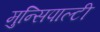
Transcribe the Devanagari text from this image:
मुन्सिपाल्टी